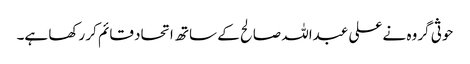
حوثی گروہ نے علی عبداللہ صالح کے ساتھ اتحاد قائم کر رکھا ہے۔